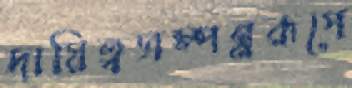
দায়িত্বসম্পন্নরূপে